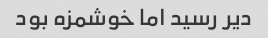
دیر رسید اما خوشمزه بود